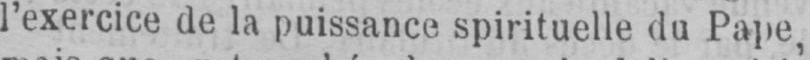
l’exercice de la puissance spirituelle du Pape,